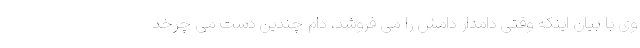
وی با بیان اینکه وقتی دامدار دامش را می فروشد، دام چندین دست می چرخد